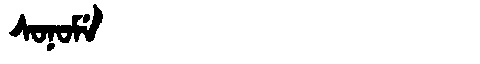
Manchu: ᠰᠣᠨᠣᠮᡝ
Romanization: SONOME